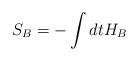
\begin{align*} S_B = - \int dt H_B\end{align*}